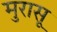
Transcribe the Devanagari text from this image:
मुरासू